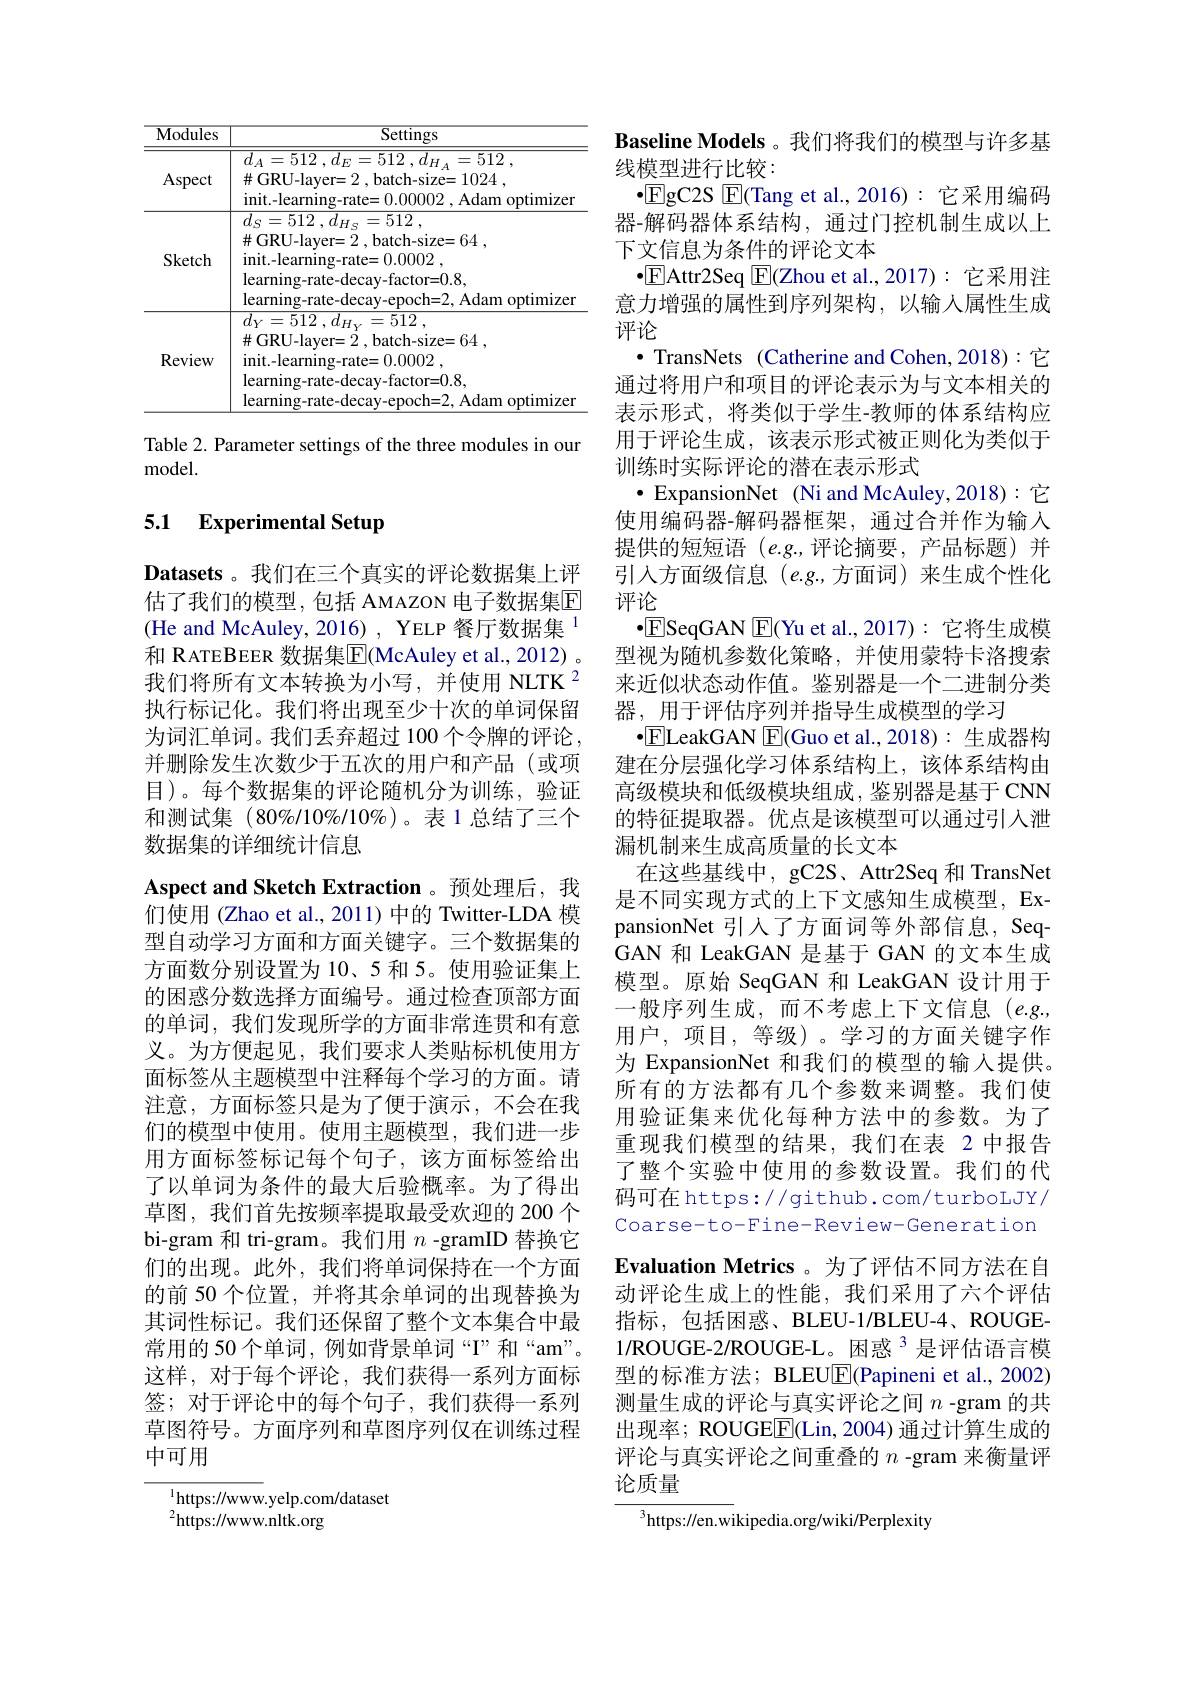
<table>
	<tbody>
		<tr>
			<th>${\overline{Modules}}$</th>
			<th>$\overline{\text{Settings}}$</th>
		</tr>
		<tr>
			<td>Aspect</td>
			<td>$\overline{d_{A}=512\:,\:d_{E}=512\:,\:d}$ $\#$GRU-layer=2,batch-size=1024, init. - learning- rate= 0. 00002 , Adam optimizer</td>
		</tr>
		<tr>
			<td>Sketch</td>
			<td>mmwpm $d_{S}= 512$ , $d_{H_{S}}= 512$ , $\#$GRU-layer=2,batch-size=64, init. - learning- rate= 0. 0002 , learning- rate- decay- factor= 0. 8, learning- rate- decay- epoch= 2, Adam optimizer</td>
		</tr>
		<tr>
			<td>Review</td>
			<td>$d_{Y}= 512$ , $d_{H_{V}}= 512$ , $\#$GRU-layer=2,batch-size=64, init. - learning- rate= 0. 0002 , learning- rate- decay- factor= 0. 8, $learning-rate-decay-epoch=2$, Adam optimizer</td>
		</tr>
	</tbody>
</table>

Table 2. Parameter settings of the three modules in our
${\mathrm{model}}.$

# 5.1 Experimental Setup

Datasets 。我们在三个真实的评论数据集上评估了我们的模型，包括 AMAZON 电子数据集E (He and McAuley, 2016) , YELP 餐厅数据集$^{1}$ 和 RATEBEER 数据集$\overline{\mathrm{E}}($McAuley et al., 2012) 。我们将所有文本转换为小写，并使用 NLTK $^{2}$ 执行标记化。我们将出现至少十次的单词保留为词汇单词。我们丢弃超过 100个令牌的评论并删除发生次数少于五次的用户和产品(或项目)。每个数据集的评论随机分为训练，验证和测试集 (80%/10%/10%)。表 1 总结了三个数据集的详细统计信息
Aspect and Sketch Extraction 。预处理后，我们使用 (Zhao et al., 2011) 中的 Twitter-LDA 模型自动学习方面和方面关键字。三个数据集的方面数分别设置为 10、5 和 5。使用验证集上的困惑分数选择方面编号。通过检查顶部方面的单词，我们发现所学的方面非常连贯和有意义。为方便起见，我们要求人类贴标机使用方面标签从主题模型中注释每个学习的方面。请注意，方面标签只是为了便于演示，不会在我们的模型中使用。使用主题模型，我们进一步用方面标签标记每个句子，该方面标签给出了以单词为条件的最大后验概率。为了得出草图，我们首先按频率提取最受欢迎的 200 个bi-gram 和 tri-gram。我们用$n$ -gramID 替换它们的出现。此外，我们将单词保持在一个方面的前 50 个位置，并将其余单词的出现替换为其词性标记。我们还保留了整个文本集合中最常用的 50 个单词，例如背景单词“I”和“am”。这样，对于每个评论，我们获得一系列方面标签；对于评论中的每个句子，我们获得一系列草图符号。方面序列和草图序列仅在训练过程中可用
$^{1}$https://www.yelp.com/dataset

${}^{2}{\mathrm{https:}}//{\mathrm{www.nltk.org}}$

Baseline Models 。我们将我们的模型与许多基
线模型进行比较：
$•$EgC2S $\mathsf{E}($Tang et al.,2016): 它采用编码器-解码器体系结构，通过门控机制生成以上下文信息为条件的评论文本
$•$EAttr2Seq $\boxed{\mathrm{F}}($Zhou et al.,2017): 它采用注意力增强的属性到序列架构，以输入属性生成评论
·TransNets (Catherine and Cohen,2018):它通过将用户和项目的评论表示为与文本相关的表示形式，将类似于学生-教师的体系结构应用于评论生成，该表示形式被正则化为类似于训练时实际评论的潜在表示形式
$\bullet$ ExpansionNet (Ni and McAuley,2018):它使用编码器-解码器框架，通过合并作为输入提供的短短语 $(e.g.$,评论摘要，产品标题)并引入方面级信息(e.g.,方面词)来生成个性化评论
$•$ESeqGAN E(Yu et al.,2017): 它将生成模型视为随机参数化策略，并使用蒙特卡洛搜索来近似状态动作值。鉴别器是一个二进制分类器，用于评估序列并指导生成模型的学习
$•$ELeakGAN $\boxed{\mathrm{F}}($Guo et al.,2018):生成器构建在分层强化学习体系结构上，该体系结构由高级模块和低级模块组成，鉴别器是基于 CNN 的特征提取器。优点是该模型可以通过引入泄漏机制来生成高质量的长文本
在这些基线中，gC2S、Attr2Seq 和 TransNet 是不同实现方式的上下文感知生成模型，ExpansionNet 引人了方面词等外部信息，SeqGAN 和 LeakGAN 是基于 GAN 的文本生成模型。原始 SeqGAN 和 LeakGAN 设计用于一般序列生成，而不考虑上下文信息(e.g., 用户，项目，等级)。学习的方面关键字作为 ExpansionNet 和我们的模型的输人提供。所有的方法都有几个参数来调整。我们使用验证集来优化每种方法中的参数。为了重现我们模型的结果，我们在表 2 中报告了整个实验中使用的参数设置。我们的代码可在 https://github.com/turboLJY/ Coarse-to-Fine-Review-Generation Evaluation Metrics 。为了评估不同方法在自动评论生成上的性能，我们采用了六个评估指标，包括困惑、BLEU-1/BLEU-4、ROUGE- 1/ROUGE-2/ROUGE-L。困惑 3 是评估语言模型的标准方法；BLEU$\overline{\mathbb{E}}$(Papineni et al., 2002) 测量生成的评论与真实评论之间$n$ -gram 的共出现率；ROUGE$\underline{\mathrm{E}}($Lin,2004) 通过计算生成的评论与真实评论之间重叠的$n$ -gram 来衡量评论质量
$^{3}$https://en.wikipedia.org/wiki/Perplexity